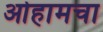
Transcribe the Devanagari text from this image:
ओहामचा